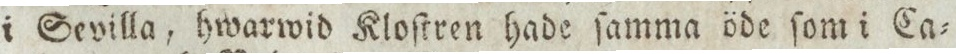
i Sevilla, hwarwid Kloſtren hade ſamma öde ſom i Ca=